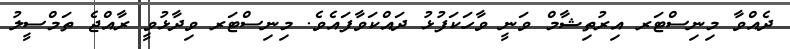
ދެއްވާ މިނިސްޓަރ އިރުތިޝާމް ވަނީ ވާހަކަފުޅު ދައްކަވާފައެވެ. މިނިސްޓަރ ވިދާޅުވީ ރާއްޖެ ތަމްސީލު